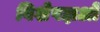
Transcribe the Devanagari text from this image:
विशेषज्ञओं